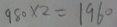
9 8 0 \times 2 = 1 9 6 0